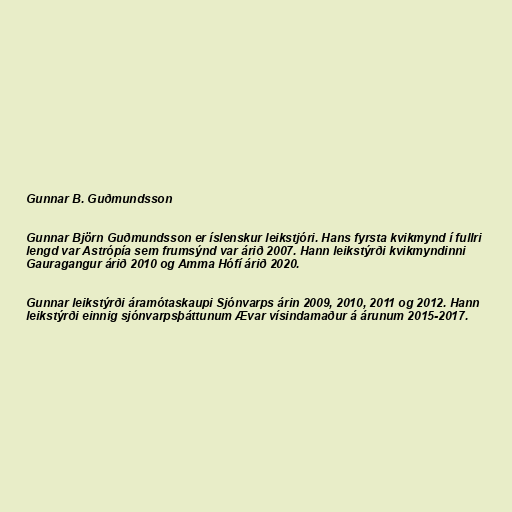
Gunnar B. Guðmundsson

Gunnar Björn Guðmundsson er íslenskur leikstjóri. Hans fyrsta kvikmynd í fullri
lengd var Astrópía sem frumsýnd var árið 2007. Hann leikstýrði kvikmyndinni
Gauragangur árið 2010 og Amma Hófí árið 2020.

Gunnar leikstýrði áramótaskaupi Sjónvarps árin 2009, 2010, 2011 og 2012. Hann
leikstýrði einnig sjónvarpsþáttunum Ævar vísindamaður á árunum 2015-2017.